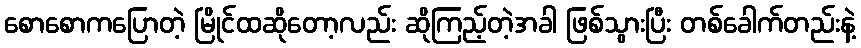
စောစောကပြောတဲ့ မြိုင်ထဆိုတော့လည်း ဆိုကြည့်တဲ့အခါ ဖြစ်သွားပြီး တစ်ခေါက်တည်းနဲ့